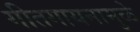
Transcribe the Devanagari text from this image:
गीतगायनामुळे